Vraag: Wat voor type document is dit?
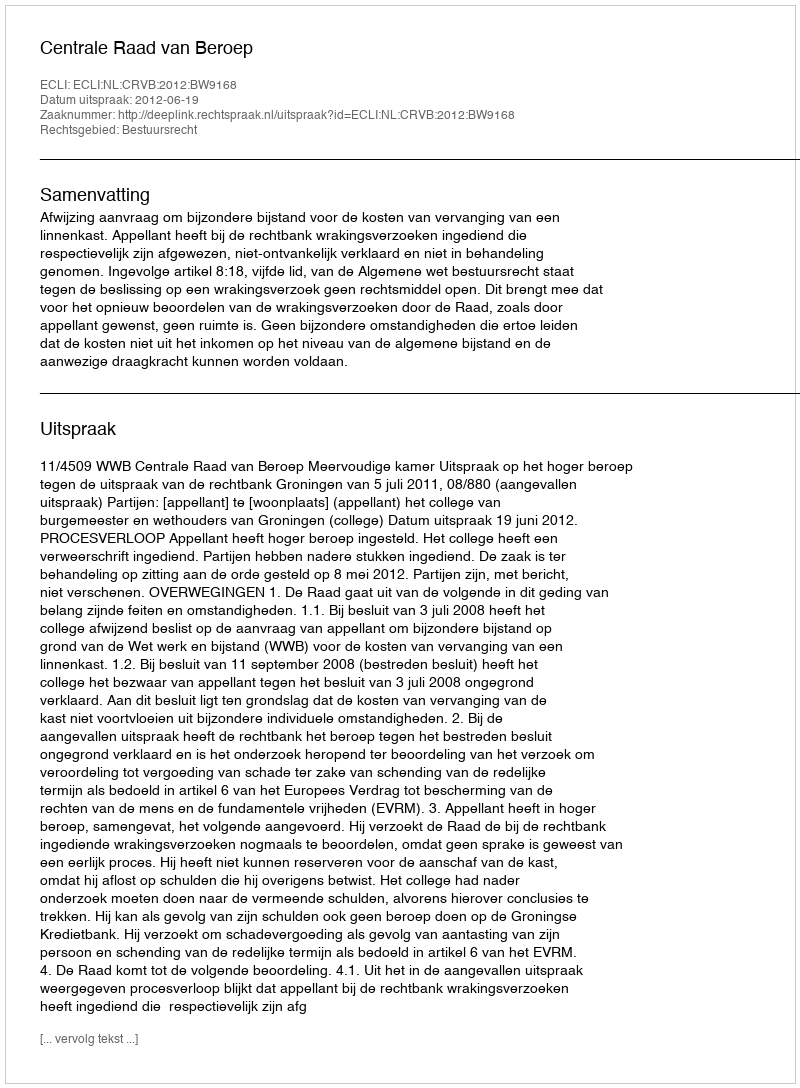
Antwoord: Uitspraak